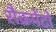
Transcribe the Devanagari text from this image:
सैक्रमेंटो